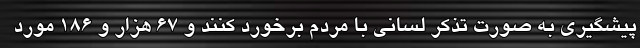
پیشگیری به صورت تذکر لسانی با مردم برخورد کنند و ۶۷ هزار و ۱۸۶ مورد